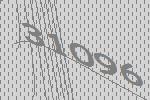
31096